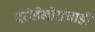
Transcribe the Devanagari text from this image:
दरोडेखोरांचाही